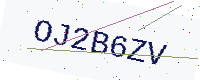
Text: OJ2B6ZV